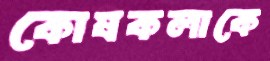
কোষকলাকে